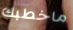
ماخطبك